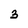
Character: 3